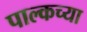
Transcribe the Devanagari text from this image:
पाल्कच्या